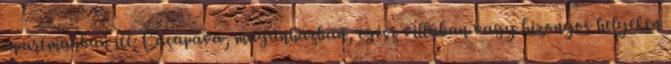
apartmanban itt: Caçapava, magánházban, egész villában vagy bizonyos helyeken